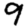
Digit: 9